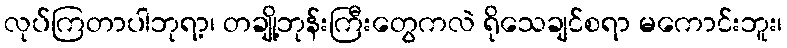
လုပ်ကြတာပါဘုရာ့၊ တချို့ဘုန်းကြီးတွေကလဲ ရိုသေချင်စရာ မကောင်းဘူး၊